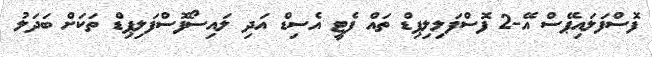
ފޮސްފަލައިޕޭސް އޭ-2 ފޮސްފަލިލިޕިޑް ތައް ފެޓީ އެސިޑް އަދި ލައިސޯފޮސްފަލިޕިޑް ތަކަށް ބަދަލު